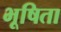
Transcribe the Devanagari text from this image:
भूषिता